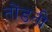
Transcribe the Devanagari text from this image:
तोंडती